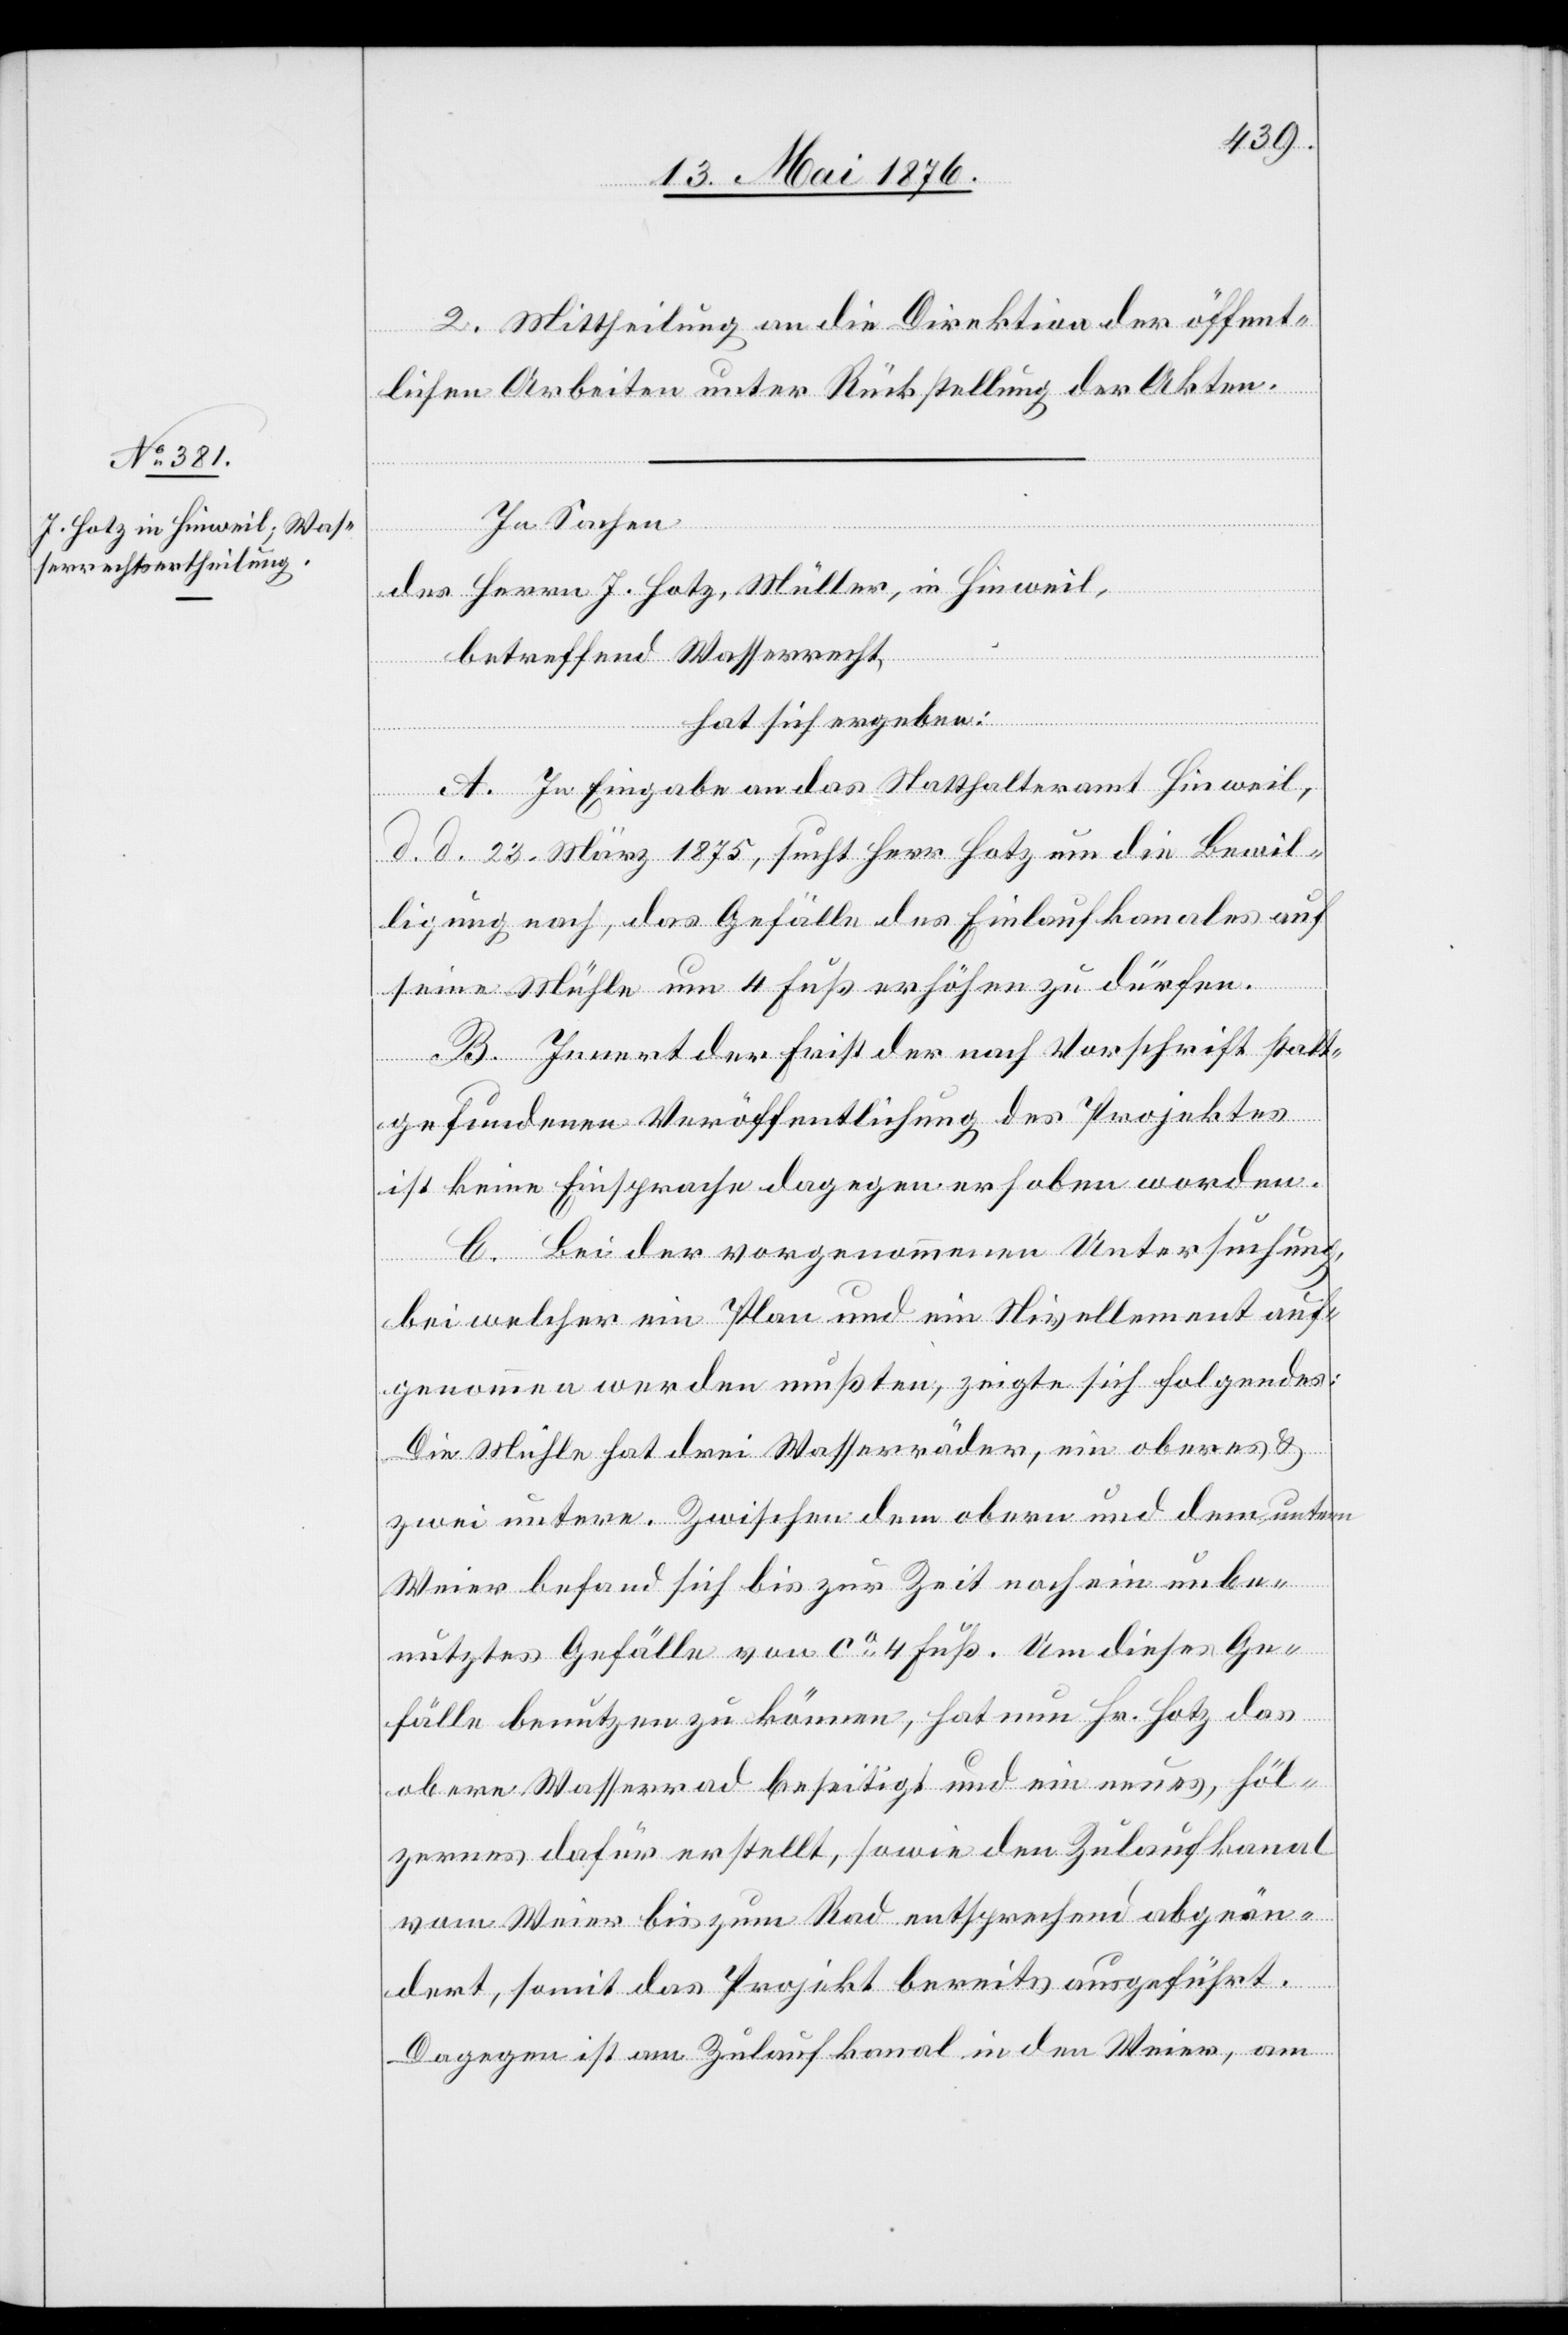
2. Mittheilung an die Direktion der öffent¬
lichen Arbeiten unter Rückstellung der Akten.
In Sachen
des Herrn J. Hotz, Müller, in Hinweil,
betreffend Wasserrecht,
hat sich ergeben:
A. In Eingabe an das Statthalteramt Hinweil,
d. d. 23. 1875, sucht Herr Hotz um die Bewil¬
ligung nach, das Gefälle des Einlaufkanales auf
seine Mühle um 4 Fuß erhöhen zu dürfen.
B. Innert der Frist der nach Vorschrift statt¬
gefundenen Veröffentlichung des Projektes
ist keine Einsprache dagegen erhoben worden.
C. Bei der vorgenommenen Untersuchung,
bei welcher ein Plan und ein Nivellement auf¬
genommen werden mußten, zeigte sich folgendes:
Die Mühle hat drei Wasserräder, ein oberes &
zwei untere. Zwischen dem obern und dem untern
Weier befand sich bis zur Zeit noch ein unbe¬
nutztes Gefälle von ca 4 Fuß. Um dieses Ge¬
fälle benutzen zu können, hat nun Hr. Hotz das
obere Wasserrad beseitigt und ein neues, höl¬
zernes dafür erstellt, sowie den Zulaufkanal
vom Weier bis zum Rad entsprechend abgeän¬
dert, somit das Projekt bereits aufgeführt.
Dagegen ist am Zulaufkanal in den Weier, am